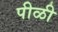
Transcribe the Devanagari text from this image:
पीळी